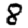
Digit: 8